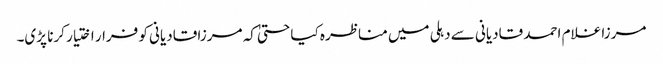
مرزا غلام احمد قادیانی سے دہلی میں مناظرہ کیا حتیٰ کہ مرزا قادیانی کو فرار اختیار کرنا پڑی۔